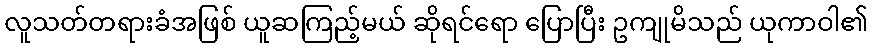
လူသတ်တရားခံအဖြစ် ယူဆကြည့်မယ် ဆိုရင်ရော ပြောပြီး ဥကျုမိသည် ယုကာဝါ၏